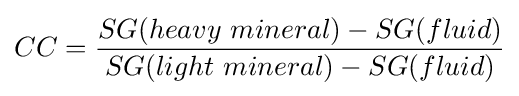
CC={\frac {SG(heavy\ mineral)-SG(fluid)}{SG(light\ mineral)-SG(fluid)}}